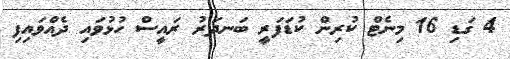
4 ގަޑި 16 މިނެޓް ކުރިން ކުޑަފަރީ ބަނދަރު ރައީސް ހުޅުވައި ދެއްވައިފި